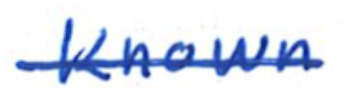
Text: known
Cross-out: mix
Writing tool: ballpoint